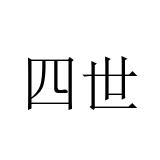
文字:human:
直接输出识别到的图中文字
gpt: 四世